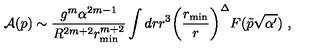
{ \cal A } ( p ) \sim \frac { g ^ { m } \alpha ^ { 2 m - 1 } } { R ^ { 2 m + 2 } r _ { \mathrm { m i n } } ^ { m + 2 } } \int d r r ^ { 3 } \biggl ( \frac { r _ { \mathrm { m i n } } } { r } \biggr ) ^ { \Delta } F ( \tilde { p } \sqrt { \alpha ^ { \prime } } ) \ ,